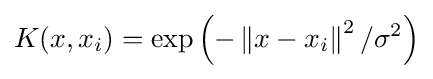
K(x,x_{i})=\exp \left({-\left\|{x-x_{i}}\right\|^{2}/\sigma ^{2}}\right)